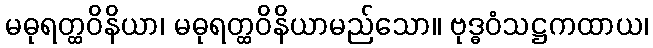
မဓုရတ္ထဝိနိယာ၊ မဓုရတ္ထဝိနိယာမည်သော။ ဗုဒ္ဓဝံသဋ္ဌကထာယ၊